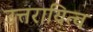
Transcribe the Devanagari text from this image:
उत्तरायित्व